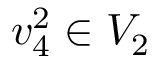
v _ { 4 } ^ { 2 } \in V _ { 2 }